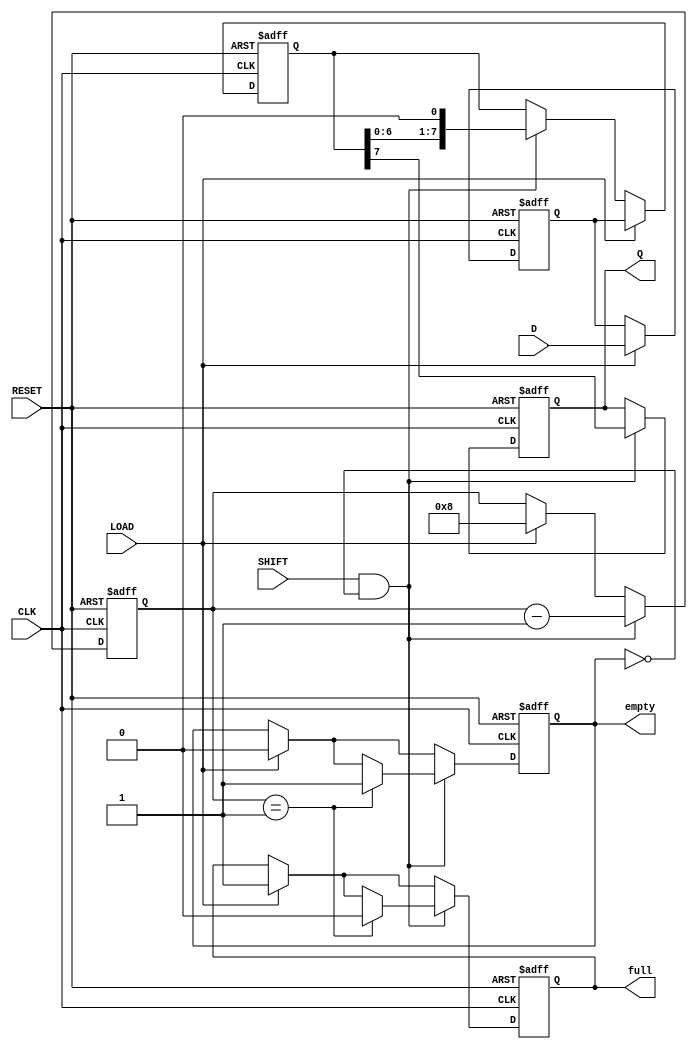
module TwoStagePISO #(
    parameter WIDTH = 8  // Width of the parallel data input
)(
    input wire [WIDTH-1:0] D,      // Parallel data input
    input wire LOAD,                // Load signal
    input wire SHIFT,               // Shift signal
    input wire CLK,                 // Clock signal
    input wire RESET,               // Asynchronous reset
    output reg Q,                   // Serial output
    output reg full,                // Status flag: register full
    output reg empty                // Status flag: register empty
);

    // Internal registers for the two stages
    reg [WIDTH-1:0] input_reg;      // Stage 1: Input register
    reg [WIDTH-1:0] output_reg;     // Stage 2: Output register
    reg [3:0] shift_counter;         // Counter for shifting bits

    // Asynchronous reset and loading data
    always @(posedge CLK or posedge RESET) begin
        if (RESET) begin
            input_reg <= 0;
            output_reg <= 0;
            Q <= 0;
            full <= 0;
            empty <= 1;
            shift_counter <= 0;
        end else begin
            if (LOAD) begin
                input_reg <= D;        // Load data into input register
                full <= 1;             // Mark as full
                empty <= 0;            // Mark as not empty
                shift_counter <= WIDTH; // Set counter to WIDTH
            end
            
            if (SHIFT && !empty) begin
                Q <= output_reg[WIDTH-1]; // Shift out the MSB
                output_reg <= {output_reg[WIDTH-2:0], 1'b0}; // Shift left
                shift_counter <= shift_counter - 1;

                // Check if output register is empty
                if (shift_counter == 1) begin
                    empty <= 1;          // Mark as empty after last shift
                    full <= 0;           // Mark as not full
                end
            end

            // Load output register from input register when loading
            if (LOAD) begin
                output_reg <= input_reg; // Transfer input to output register
            end
        end
    end

endmodule